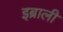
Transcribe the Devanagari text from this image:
इब्राली